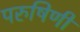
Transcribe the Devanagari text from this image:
परुषिणी